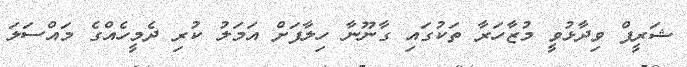
ޝަރީފް ވިދާޅުވީ މުޒާހަރާ ތަކުގައި ގާނޫނާ ހިލާފަށް އަމަލު ކުރި ދެމީހެއްގެ މައްސަލަ